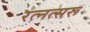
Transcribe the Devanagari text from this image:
रत्नत्सरू